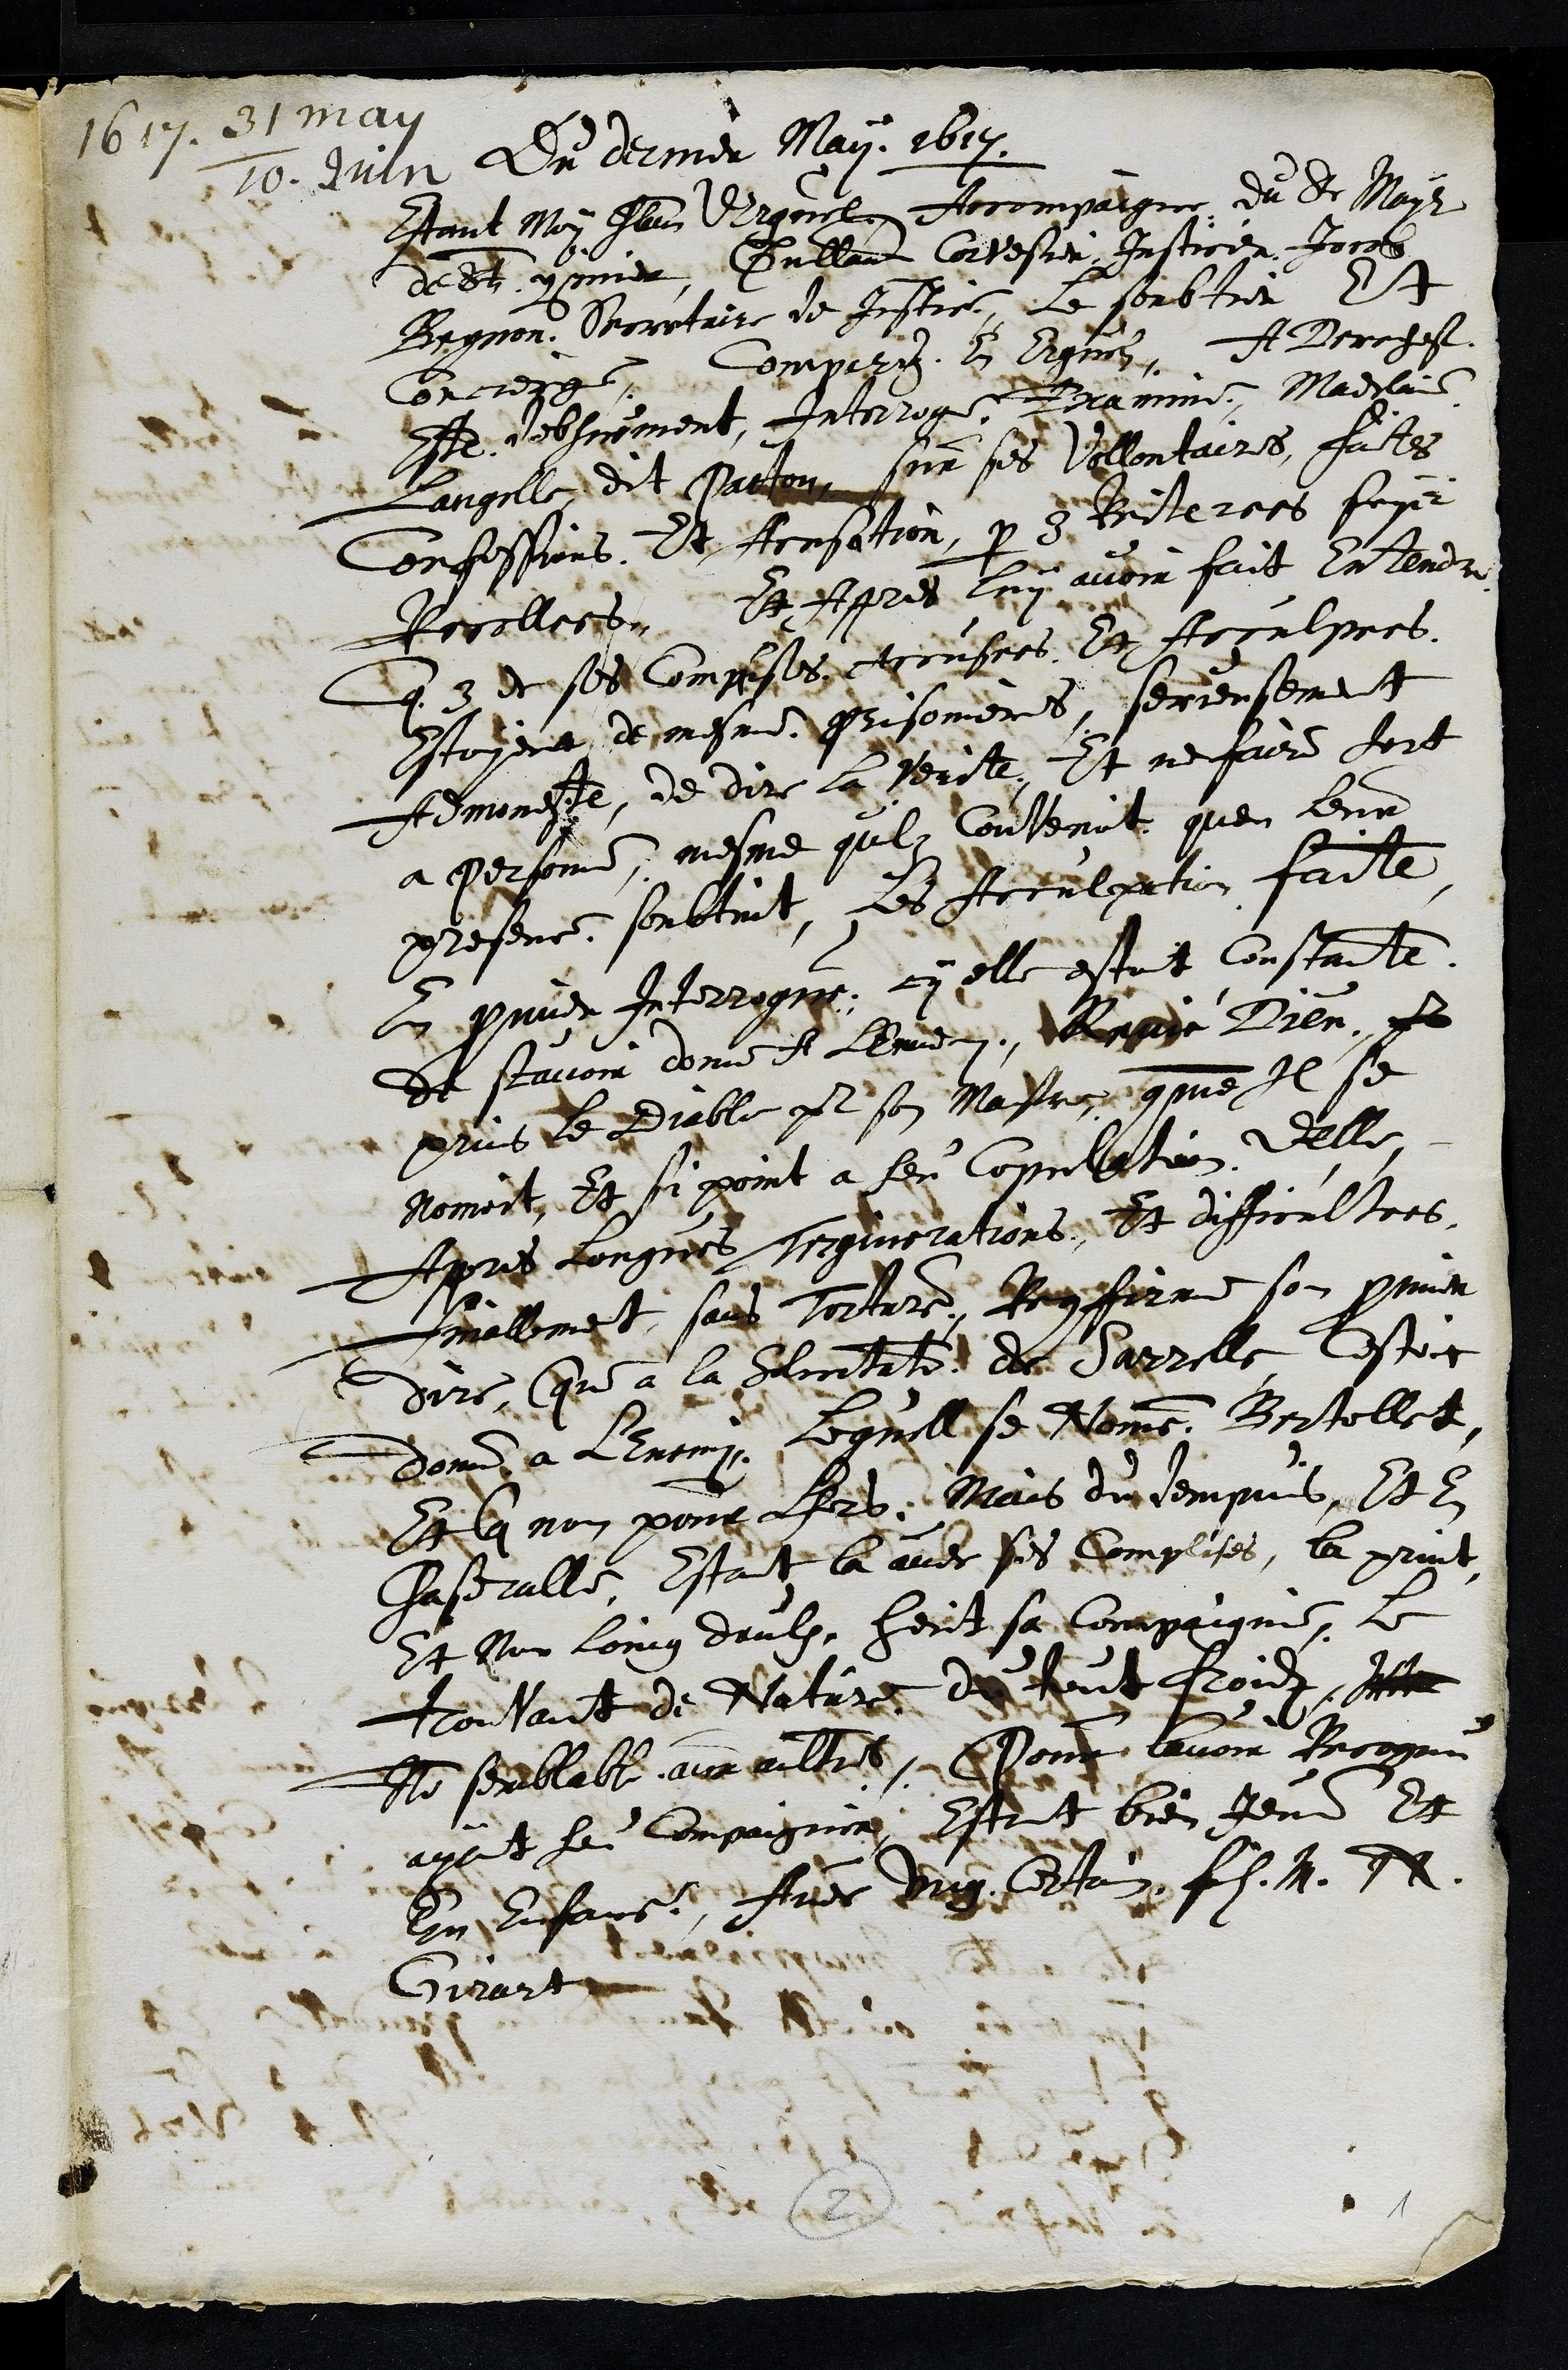
1617. 31 may / 10 Juin

Du dernier May 1617.
Estant Moy Chlain dErguel Accompaigne du Sr Mayre
de St Ymier, Guillaume Corvesier justicier, Jacob
Beynon secretaire de Justice, le soubtier Et
Concierge comparuz En Erguels A Derechef
Este debhuement Interroge, Examine, Madelaine
Langelle dit Patton sur ses vollontaires faites
Confessions Et Acusation par 3 Reiterees fois
Recollees. Et apres luy avoir fait entendre
que 3 de ses Complises accusees et acculpees
estoyent de mesme prisonieres, serieusement
Admoneste, de dire la verite Et ne faire tort
a personne, mesme quilz convenoit quen leur
presence soubtint, Les Acculpations faite
En premier Interrogue, cy elle estoit constante
de scavoir donne a lEnnemi, Renié Dieu, pr
prins le diable pr son Maistre comme Il se
nomoit, Et si point a heu copulation delle.
Apres longues Tergiverations Et difficultees
finallement sant torture, Reconfirme son premier
dire, (que a la solicitation de Sarrelle cestoit
donne a lEnnemi, Lequell se Nomme Bertollet
Et la non pour lors Mais du dempuis et en

Chaseralle, Estant la avec ses complices, la print
et non loing deulx, heut sa compaignie, le
trouvant de nature du tout froidz et
Non semblable aux aultres, Pour lavoir recognu
ayant heu compaignie estant bien jeune et
Eu enfans avec ung certain fils M. N.

Girart
2

1